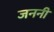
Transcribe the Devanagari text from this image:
जननीं